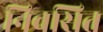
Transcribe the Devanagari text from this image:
निवसित